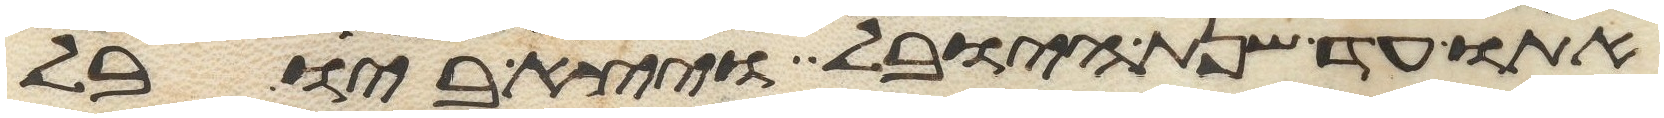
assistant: אתו עד שנת היובל ויצא ביובל